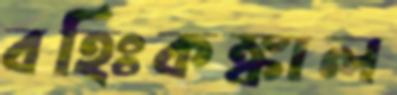
বহিঃকঙ্কাল